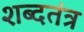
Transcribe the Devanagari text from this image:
शब्दतंत्र